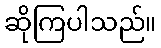
ဆိုကြပါသည်။